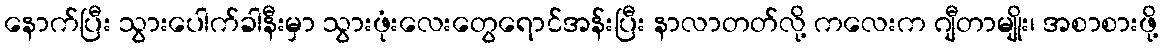
နောက်ပြီး သွားပေါက်ခါနီးမှာ သွားဖုံးလေးတွေရောင်အန်းပြီး နာလာတတ်လို့ ကလေးက ဂျီတာမျိုး၊ အစာစားဖို့